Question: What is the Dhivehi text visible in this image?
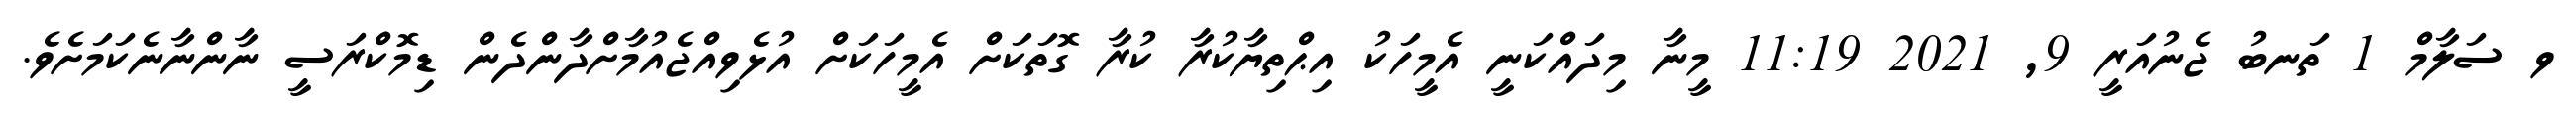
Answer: ވ ސަލާމް 1 ތަނބު ޖެނުއަރީ 9, 2021 11:19 މީނާ މިދައްކަނީ އެމީހަކު އިޙްތިޔާކުރާ ކުރާ ގޮތަކަށް އެމީހަކަށް އުޅެވިއްޖެއުމާށްދާންދެން ޑިމޮކްރަސީ ނާންނާނެކަމަށެވެ.